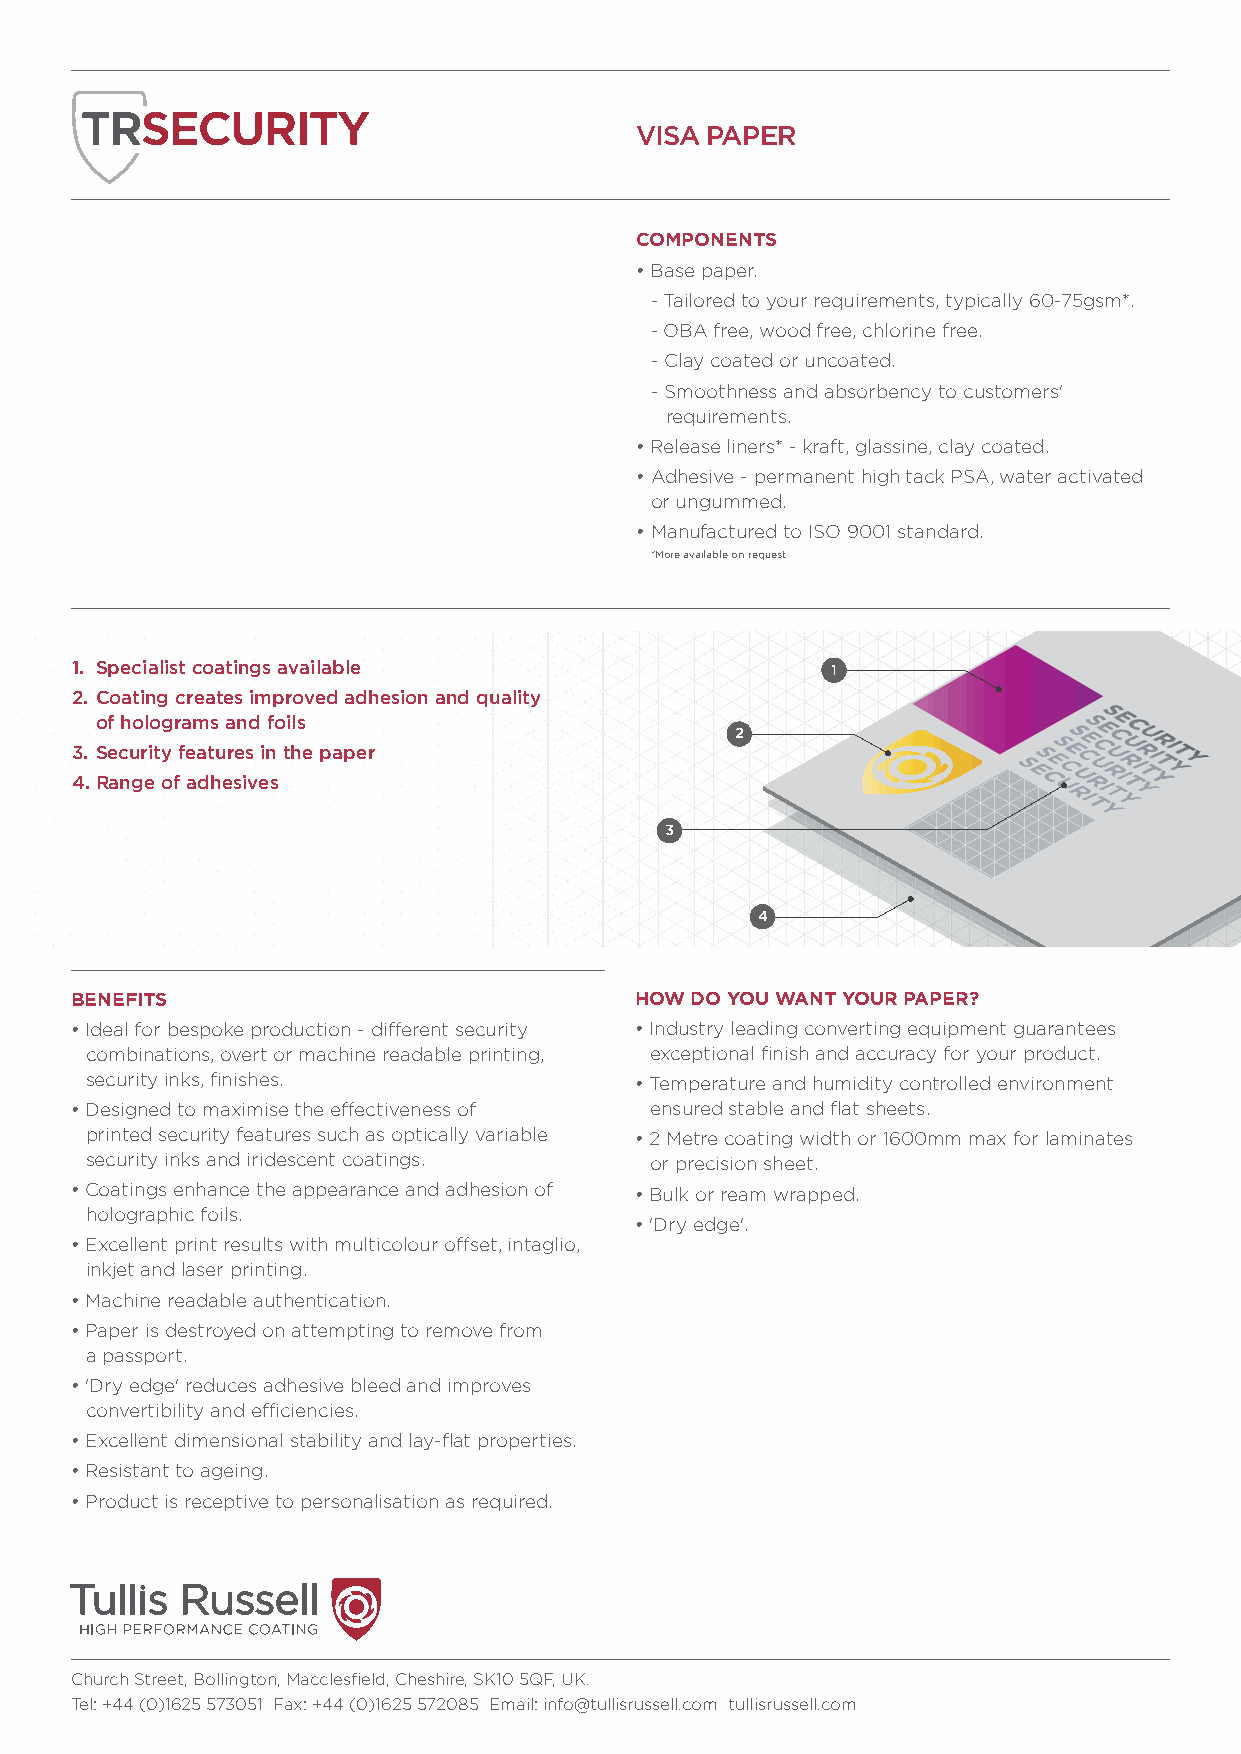
VISA PAPER
 COMPONENTS
 • Base paper.
 - Tailored to your requirements, typically 60-75gsm*.
 - OBA free, wood free, chlorine free.
 - Clay coated or uncoated.
 - Smoothness and absorbency to customers'
 requirements.
 • Release liners* - kraft, glassine, clay coated.
 • Adhesive - permanent high tack PSA, water activated
 or ungummed.
 • Manufactured to ISO 9001 standard.
 *More available on request
 1. Specialist coatings available                  1
 2. Coating creates improved adhesion and quality
 3
 4
 .
 .
 o S Ref
 a
 c nh u go r el io t oyg fr f a e am a dt hs u ea r sen is vd ei nf so til hs e paper 2 S ES CES UCES RUCE IS
 R
 TUCE
 IS
 R
 TUCE
 I
 YRU TC I YR TU I YR TI YT Y
 Y
 3
 4
 BENEFITS                             HOW DO YOU WANT YOUR PAPER?
 • Ideal for bespoke production - different security • Industry leading converting equipment guarantees
 combinations, overt or machine readable printing, exceptional finish and accuracy for your product.
 security inks, finishes.            • Temperature and humidity controlled environment
 • Designed to maximise the effectiveness of ensured stable and flat sheets.
 printed security features such as optically variable • 2 Metre coating width or 1600mm max for laminates
 security inks and iridescent coatings. or precision sheet.
 • Coatings enhance the appearance and adhesion of • Bulk or ream wrapped.
 holographic foils.
 • 'Dry edge'.
 • Excellent print results with multicolour offset, intaglio,
 inkjet and laser printing.
 • Machine readable authentication.
 • Paper is destroyed on attempting to remove from
 a passport.
 • 'Dry edge' reduces adhesive bleed and improves
 convertibility and efficiencies.
 • Excellent dimensional stability and lay-flat properties.
 • Resistant to ageing.
 • Product is receptive to personalisation as required.
 Church Street, Bollington, Macclesfield, Cheshire, SK10 5QF, UK.
 Tel: +44 (0)1625 573051 Fax: +44 (0)1625 572085 Email: info@tullisrussell.com tullisrussell.com